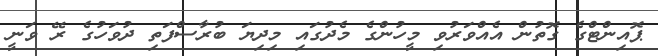
ޕޮއިންޓްގެ ގޮތުން އެއްވަރުވި މީހުންގެ މެދުގައި މިދިޔަ ބުރާސްފަތި ދުވަހުގެ ރޭ ވަނީ